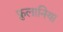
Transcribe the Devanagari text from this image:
फ्रुलानिया